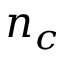
n _ { c }